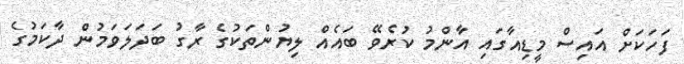
ފަހަކަށް އައިސް މީޑިއާގައި އާންމު ކުރެވޭ ބައެއް ލިޔުންތަކުގެ ރާގު ބަދަލަވަމުން ދާކަމުގެ